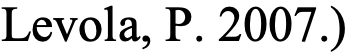
Levola, P. 2007.)